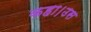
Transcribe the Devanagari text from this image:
कहा।उस